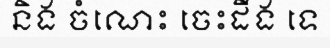
និង ចំណេះ ចេះដឹង ទេ